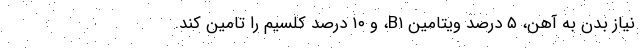
نیاز بدن به آهن، ۵ درصد ویتامین B۱، و ۱۰ درصد کلسیم را تامین کند.